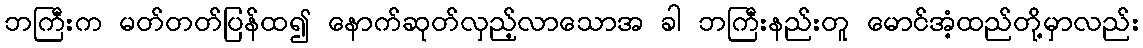
ဘကြီးက မတ်တတ်ပြန်ထ၍ နောက်ဆုတ်လှည့်လာသောအ ခါ ဘကြီးနည်းတူ မောင်အံ့ထည်တို့မှာလည်း